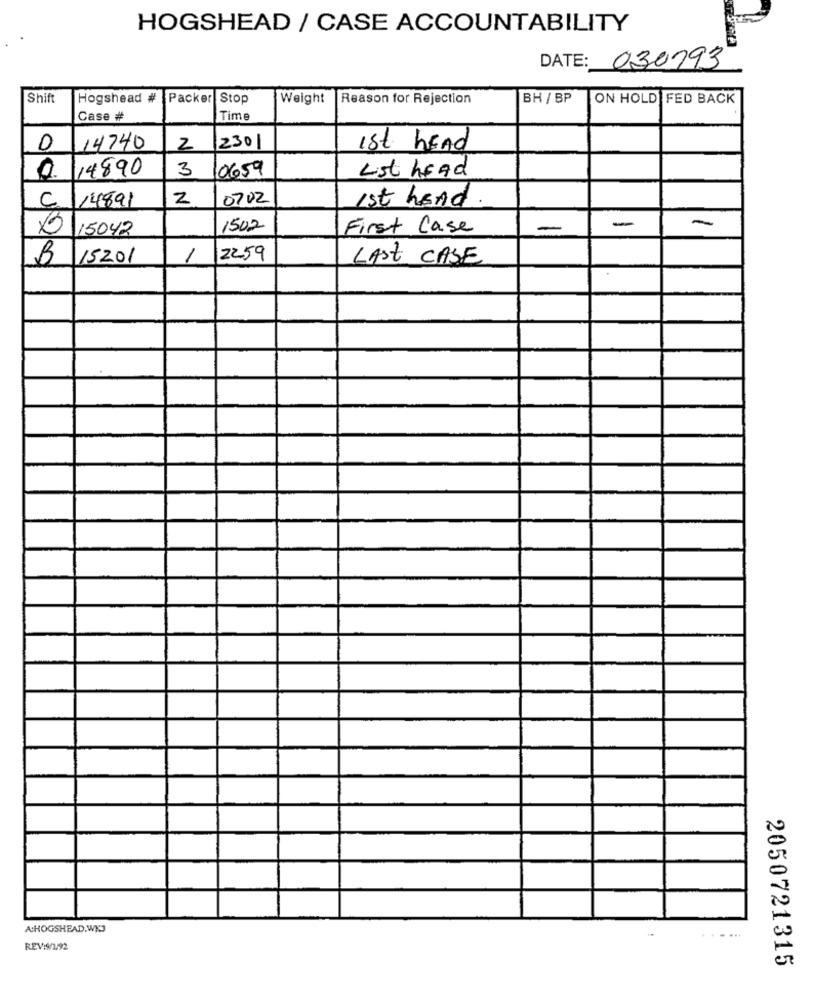
HOGSHEAD / CASE ACCOUNTABILITY
DATE: 030793
Shift
Hogshead #
Packer Stop
Weight
Reason for Rejection
BH / BP
ON HOLD FED BACK
Case #
Time
0
14740
2
2301
ist hEAd
4890
3
0659
List head
C
14891
2
0702
1st hond
-
15042
1502
First Case
-
B
15201
1
2259
LAST CASE
A:HOGSHEAD.WK3
......
REV:9/1/92
2050721315